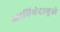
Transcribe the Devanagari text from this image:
जातिभेदामुळे